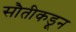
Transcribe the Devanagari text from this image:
सौतीकडून